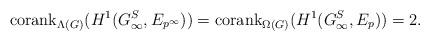
LaTeX: \begin{align*}\mathrm{corank}_{\Lambda(G)}(H^1(G_{\infty}^{S}, E_{p^{\infty}}))=\mathrm{corank}_{\Omega(G)}(H^1(G_{\infty}^{S}, E_{p}))=2.\end{align*}